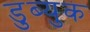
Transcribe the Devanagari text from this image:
डुब्युक